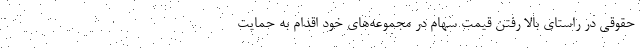
حقوقی در راستای بالا رفتن قیمت سهام در مجموعه‌های خود اقدام به حمایت